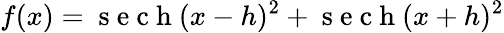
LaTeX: f(x)=\mathrm{~s~e~c~h~}(x-h)^{2}+\mathrm{~s~e~c~h~}(x+h)^{2}